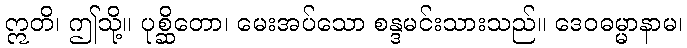
ဣတိ၊ ဤသို့။ ပုစ္ဆိတော၊ မေးအပ်သော စန္ဒမင်းသားသည်။ ဒေဝဓမ္မာနာမ၊